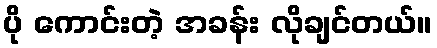
ပို ကောင်းတဲ့ အခန်း လိုချင်တယ်။